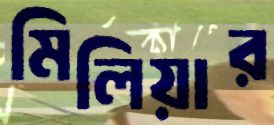
মিলিয়ার